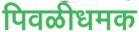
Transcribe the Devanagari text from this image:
पिवळीधमक